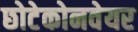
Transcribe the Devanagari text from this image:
छोटेकोनवेयर